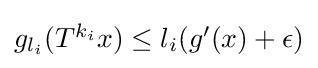
{\textstyle g_{l_{i}}(T^{k_{i}}x)\leq l_{i}(g'(x)+\epsilon )}